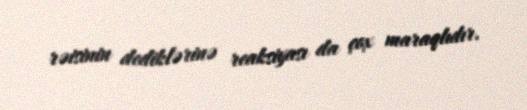
rəisinin dediklərinə reaksiyası da çox maraqlıdır.